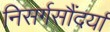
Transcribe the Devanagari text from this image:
निसर्गसौंदर्या